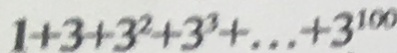
1 + 3 + 3 ^ { 2 } + 3 ^ { 3 } + \cdots + 3 ^ { 1 0 0 }